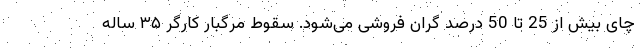
چای بیش از 25 تا 50 درصد گران فروشی می‌شود. سقوط مرگبار کارگر ۳۵ ساله